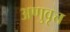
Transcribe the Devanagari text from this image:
अणुवृत्त